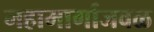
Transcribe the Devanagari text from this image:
महामार्गाजवळ